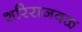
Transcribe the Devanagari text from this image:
शरिराजवळ